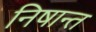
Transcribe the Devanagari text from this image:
निषान्त